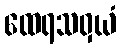
ထေရသဝှယံ